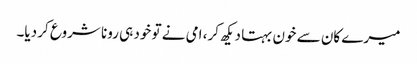
میرے کان سے خون بہتا دیکھ کر، امی نے تو خود ہی رونا شروع کر دیا۔